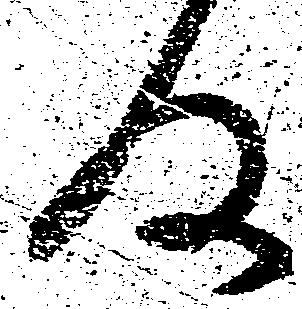
及